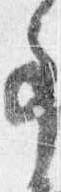
事